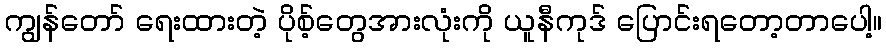
ကျွန်တော် ရေးထားတဲ့ ပိုစ့်တွေအားလုံးကို ယူနီကုဒ် ပြောင်းရတော့တာပေါ့။